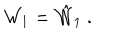
{ \cal W } _ { 1 } = \hat { { \cal W } } _ { 1 } \ .